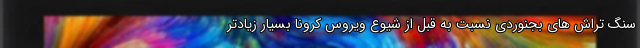
سنگ تراش های بجنوردی نسبت به قبل از شیوع ویروس کرونا بسیار زیادتر